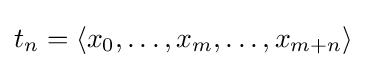
t_{n}=\langle x_{0},\dots ,x_{m},\dots ,x_{m+n}\rangle